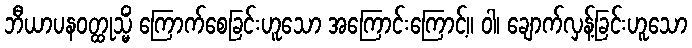
ဘီယာပနဝတ္ထုသ္မိံ ကြောက်စေခြင်းဟူသော အကြောင်းကြောင့်။ ဝါ၊ ချောက်လှန့်ခြင်းဟူသော